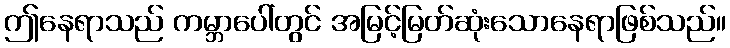
ဤနေရာသည် ကမ္ဘာပေါ်တွင် အမြင့်မြတ်ဆုံးသောနေရာဖြစ်သည်။